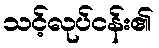
သင့်လုပ်ငန်း၏